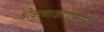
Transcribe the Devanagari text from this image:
श्रीकृष्णकर्णामृतम्